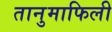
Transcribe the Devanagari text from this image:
तानुमाफिली